Annual report on the health of the army in India
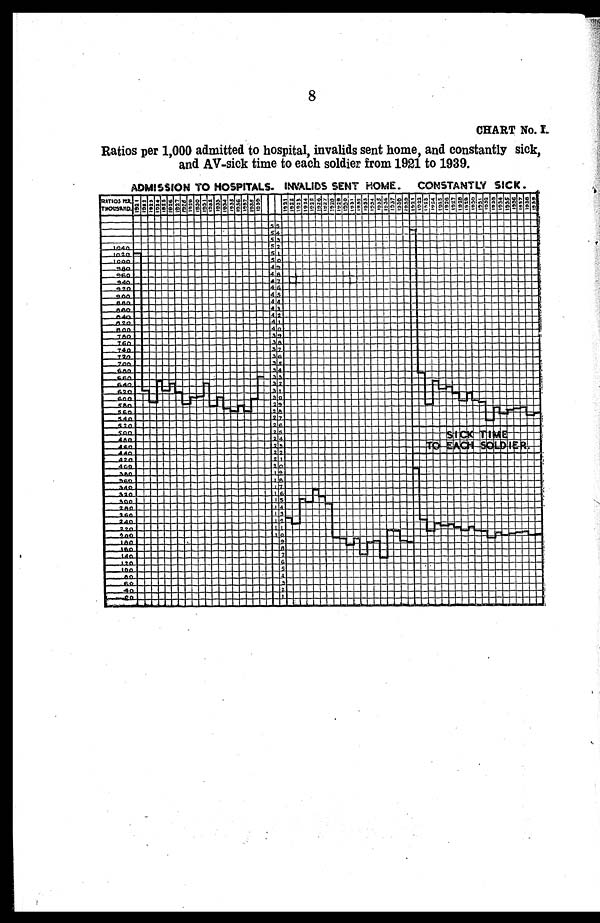
8
CHART No. I.
Ratios per 1,000 admitted to hospital, invalids sent home, and constantly sick,
and AV-sick time to each soldier from 1921 to 1939.
ADMISSION TO HOSPITALS. INVALIDS SENT HOME. CONSTANTLY SICK .